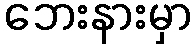
ဘေးနားမှာ